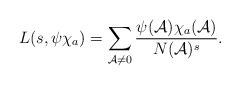
LaTeX: \begin{align*} L(s, \psi\chi_a)=\sum_{\mathcal{A} \neq 0} \frac{\psi(\mathcal{A})\chi_a(\mathcal{A})}{N(\mathcal{A})^s}.\end{align*}